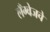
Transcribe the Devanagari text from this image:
लँग्वेजचे